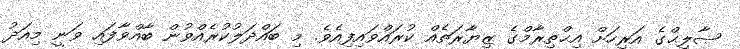
ޞާލިޙްގެ އަރިހަށް އިޙްތިރާމްގެ ޒިޔާރަތެއް ކުރައްވައިފިއެވެ. މި ބައްދަލުކުރެއްވުން ބާއްވާފައި ވަނީ މިއަދު